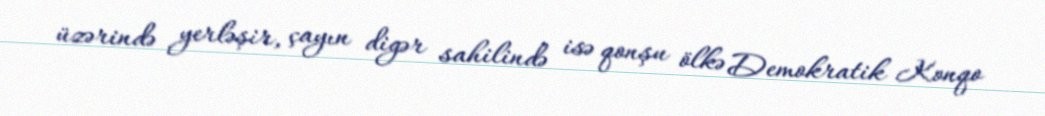
üzərində yerləşir, çayın digər sahilində isə qonşu ölkə Demokratik Konqo